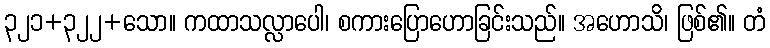
၃၂၁+၃၂၂+သော။ ကထာသလ္လာပေါ၊ စကားပြောဟောခြင်းသည်။ အဟောသိ၊ ဖြစ်၏။ တံ